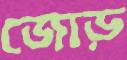
জোড়